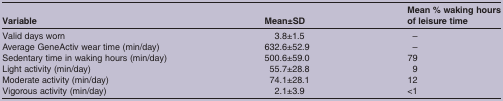
| Variable | Mean±SD | Mean % waking hours of leisure time |
 | --- | --- | --- |
 | Valid days worn | 3.8±1.5 | – |
 | Average GeneActiv wear time (min/day) | 632.6±52.9 | – |
 | Sedentary time in waking hours (min/day) | 500.6±59.0 | 79 |
 | Light activity (min/day) | 55.7±28.8 | 9 |
 | Moderate activity (min/day) | 74.1±28.1 | 12 |
 | Vigorous activity (min/day) | 2.1±3.9 | <1 |